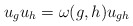
\begin{align*} u_g u_h = \omega(g,h) u_{gh}\end{align*}